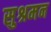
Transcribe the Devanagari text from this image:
सुश्रमन